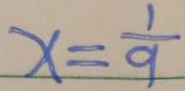
x = \frac { 1 } { 9 }